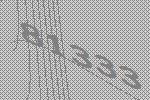
81333